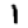
Digit: 1